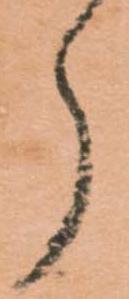
郎